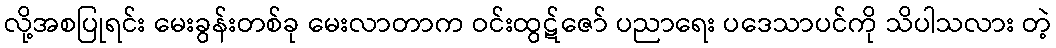
လို့အစပြုရင်း မေးခွန်းတစ်ခု မေးလာတာက ဝင်းထွဋ်ဇော် ပညာရေး ပဒေသာပင်ကို သိပါသလား တဲ့